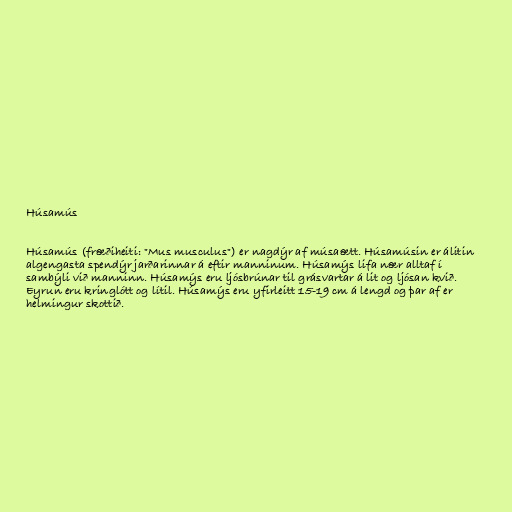
Húsamús

Húsamús (fræðiheiti: "Mus musculus") er nagdýr af músaætt. Húsamúsin er álitin
algengasta spendýr jarðarinnar á eftir manninum. Húsamýs lifa nær alltaf í
sambýli við manninn. Húsamýs eru ljósbrúnar til grásvartar á lit og ljósan kvið.
Eyrun eru kringlótt og lítil. Húsamýs eru yfirleitt 15-19 cm á lengd og þar af er
helmingur skottið.